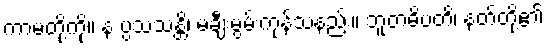
ကာမတို့ကို။ န ပ္ပသံသန္တိ၊ မချီးမွမ်းကုန်သနည်း။ ဘူတဓိပတိ၊ နတ်တို့၏